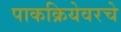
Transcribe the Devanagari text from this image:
पाकक्रियेवरचे